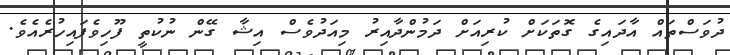
ދުވަސްތައް އާދައިގެ ގޮތަކަށް ކުރިއަށް ދަމުންދާއިރު މިއަދުވެސް އިޝާ ގޭން ނުކުތީ ފޫހިވެފައިހުރެއެވެ.